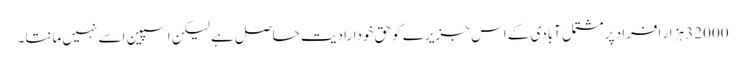
32000 ہزار افراد پر مشتمل آبادی کے اس جزیرے کو حق خودارادیت حاصل ہے لیکن اسپین اسے نہیں مانتا۔